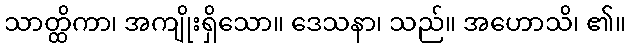
သာတ္ထိကာ၊ အကျိုးရှိသော။ ဒေသနာ၊ သည်။ အဟောသိ၊ ၏။